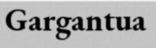
Gargantua